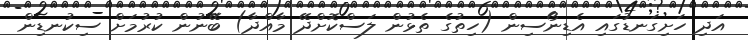
އަދި ހަށިގަނޑުގައި އެޑިނޯސިން (ހިތުގެ ތެޅުން ލަސްކޮށްދޭ މާއްދާ) ބޭނުން ކުރުމަށް ސިކުނޑިން